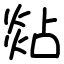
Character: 煔